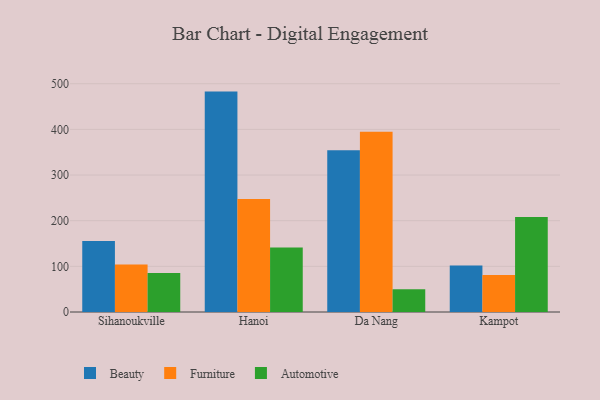
{"axis": {"x": "City", "y": "Net Income (USD K)"}, "legend": ["Automotive", "Beauty", "Furniture"], "data": [{"x": "Sihanoukville", "y": 155.6, "type": "Beauty"}, {"x": "Sihanoukville", "y": 103.8, "type": "Furniture"}, {"x": "Sihanoukville", "y": 85.5, "type": "Automotive"}, {"x": "Hanoi", "y": 482.7, "type": "Beauty"}, {"x": "Hanoi", "y": 247.4, "type": "Furniture"}, {"x": "Hanoi", "y": 141.3, "type": "Automotive"}, {"x": "Da Nang", "y": 354.5, "type": "Beauty"}, {"x": "Da Nang", "y": 395.0, "type": "Furniture"}, {"x": "Da Nang", "y": 49.6, "type": "Automotive"}, {"x": "Kampot", "y": 102.0, "type": "Beauty"}, {"x": "Kampot", "y": 80.9, "type": "Furniture"}, {"x": "Kampot", "y": 208.1, "type": "Automotive"}]}